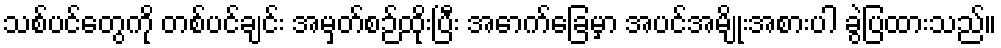
သစ်ပင်တွေကို တစ်ပင်ချင်း အမှတ်စဉ်ထိုးပြီး အောက်ခြေမှာ အပင်အမျိုးအစားပါ ခွဲပြထားသည်။